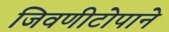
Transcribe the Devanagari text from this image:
जिवणीटोपाने